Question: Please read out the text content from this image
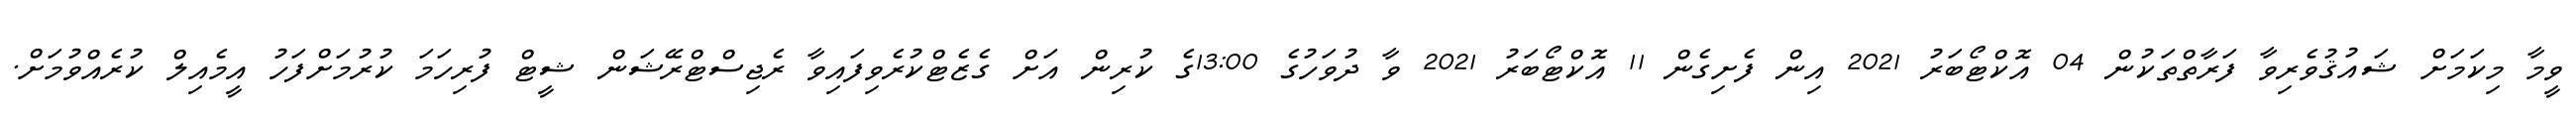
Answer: ވީމާ މިކަމަށް ޝައުޤުވެރިވާ ފަރާތްތަކުން 04 އޮކްޓޯބަރު 2021 އިން ފެށިގެން 11 އޮކްޓޯބަރު 2021 ވާ ދުވަހުގެ 13:00ގެ ކުރިން އަށް ގެޒެޓްކުރެވިފައިވާ ރެޖިސްޓްރޭޝަން ޝީޓް ފުރިހަމަ ކުރުމަށްފަހު އީމެއިލް ކުރެއްވުމަށް.